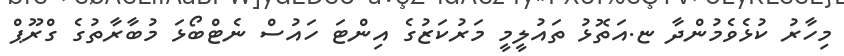
މިހާރު ކުޅެވެމުންދާ ޏ.އަތޮޅު ތައުލީމީ މަރުކަޒުގެ އިންޓަ ހައުސް ނެޓްބޯޅަ މުބާރާތުގެ ގްރޫޕް